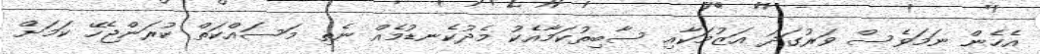
އެހެން ނަމަވެސް ވަރުގަދަ އަޒުމަކާއި ސާބިތުކަމާއެކު މެދުކެނޑުމެއް ނެތި މަސައްކަތް ކުރަންޖެހޭ ކަމަށް